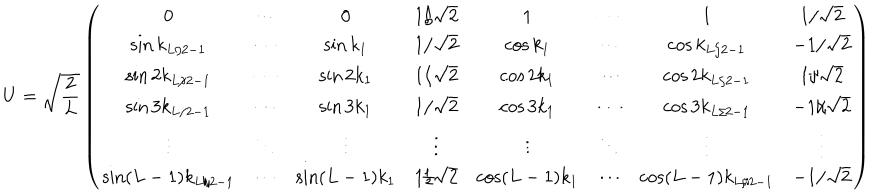
LaTeX: U = \sqrt { \frac { 2 } { L } } \left( \begin{array} { c c c c c c c c } { { 0 } } & { { \cdots } } & { { 0 } } & { { 1 / \sqrt { 2 } } } & { { 1 } } & { { \cdots } } & { { 1 } } & { { 1 / \sqrt { 2 } } } \\ { { \sin k _ { L / 2 - 1 } } } & { { \cdots } } & { { \sin k _ { 1 } } } & { { 1 / \sqrt { 2 } } } & { { \cos k _ { 1 } } } & { { \cdots } } & { { \cos k _ { L / 2 - 1 } } } & { { - 1 / \sqrt { 2 } } } \\ { { \sin 2 k _ { L / 2 - 1 } } } & { { \cdots } } & { { \sin 2 k _ { 1 } } } & { { 1 / \sqrt { 2 } } } & { { \cos 2 k _ { 1 } } } & { { \cdots } } & { { \cos 2 k _ { L / 2 - 1 } } } & { { 1 / \sqrt { 2 } } } \\ { { \sin 3 k _ { L / 2 - 1 } } } & { { \cdots } } & { { \sin 3 k _ { 1 } } } & { { 1 / \sqrt { 2 } } } & { { \cos 3 k _ { 1 } } } & { { \cdots } } & { { \cos 3 k _ { L / 2 - 1 } } } & { { - 1 / \sqrt { 2 } } } \\ { { \vdots } } & { { \ddots } } & { { \vdots } } & { { \vdots } } & { { \vdots } } & { { \ddots } } & { { \vdots } } & { { \vdots } } \\ { { \sin ( L - 1 ) k _ { L / 2 - 1 } } } & { { \cdots } } & { { \sin ( L - 1 ) k _ { 1 } } } & { { 1 / \sqrt { 2 } } } & { { \cos ( L - 1 ) k _ { 1 } } } & { { \cdots } } & { { \cos ( L - 1 ) k _ { L / 2 - 1 } } } & { { - 1 / \sqrt { 2 } } } \\ \end{array} \right)